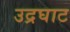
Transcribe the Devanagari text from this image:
उद्रघाट